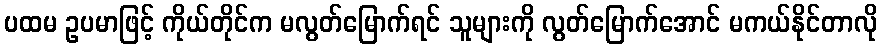
ပထမ ဥပမာဖြင့် ကိုယ်တိုင်က မလွတ်မြောက်ရင် သူများကို လွတ်မြောက်အောင် မကယ်နိုင်တာလို